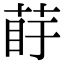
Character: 𦰲